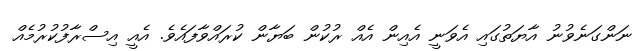
ނަންގަނެވުނު އާޔަތުގައި އެވަނީ އެއިން އެއް ރުކުން ބަޔާން ކުރައްވާފައެވެ. އެއީ އިސްރާފުކުރުމެއް